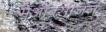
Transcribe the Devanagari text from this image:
मेंऑक्सीजन